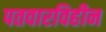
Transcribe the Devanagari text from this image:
पतवारविहीन